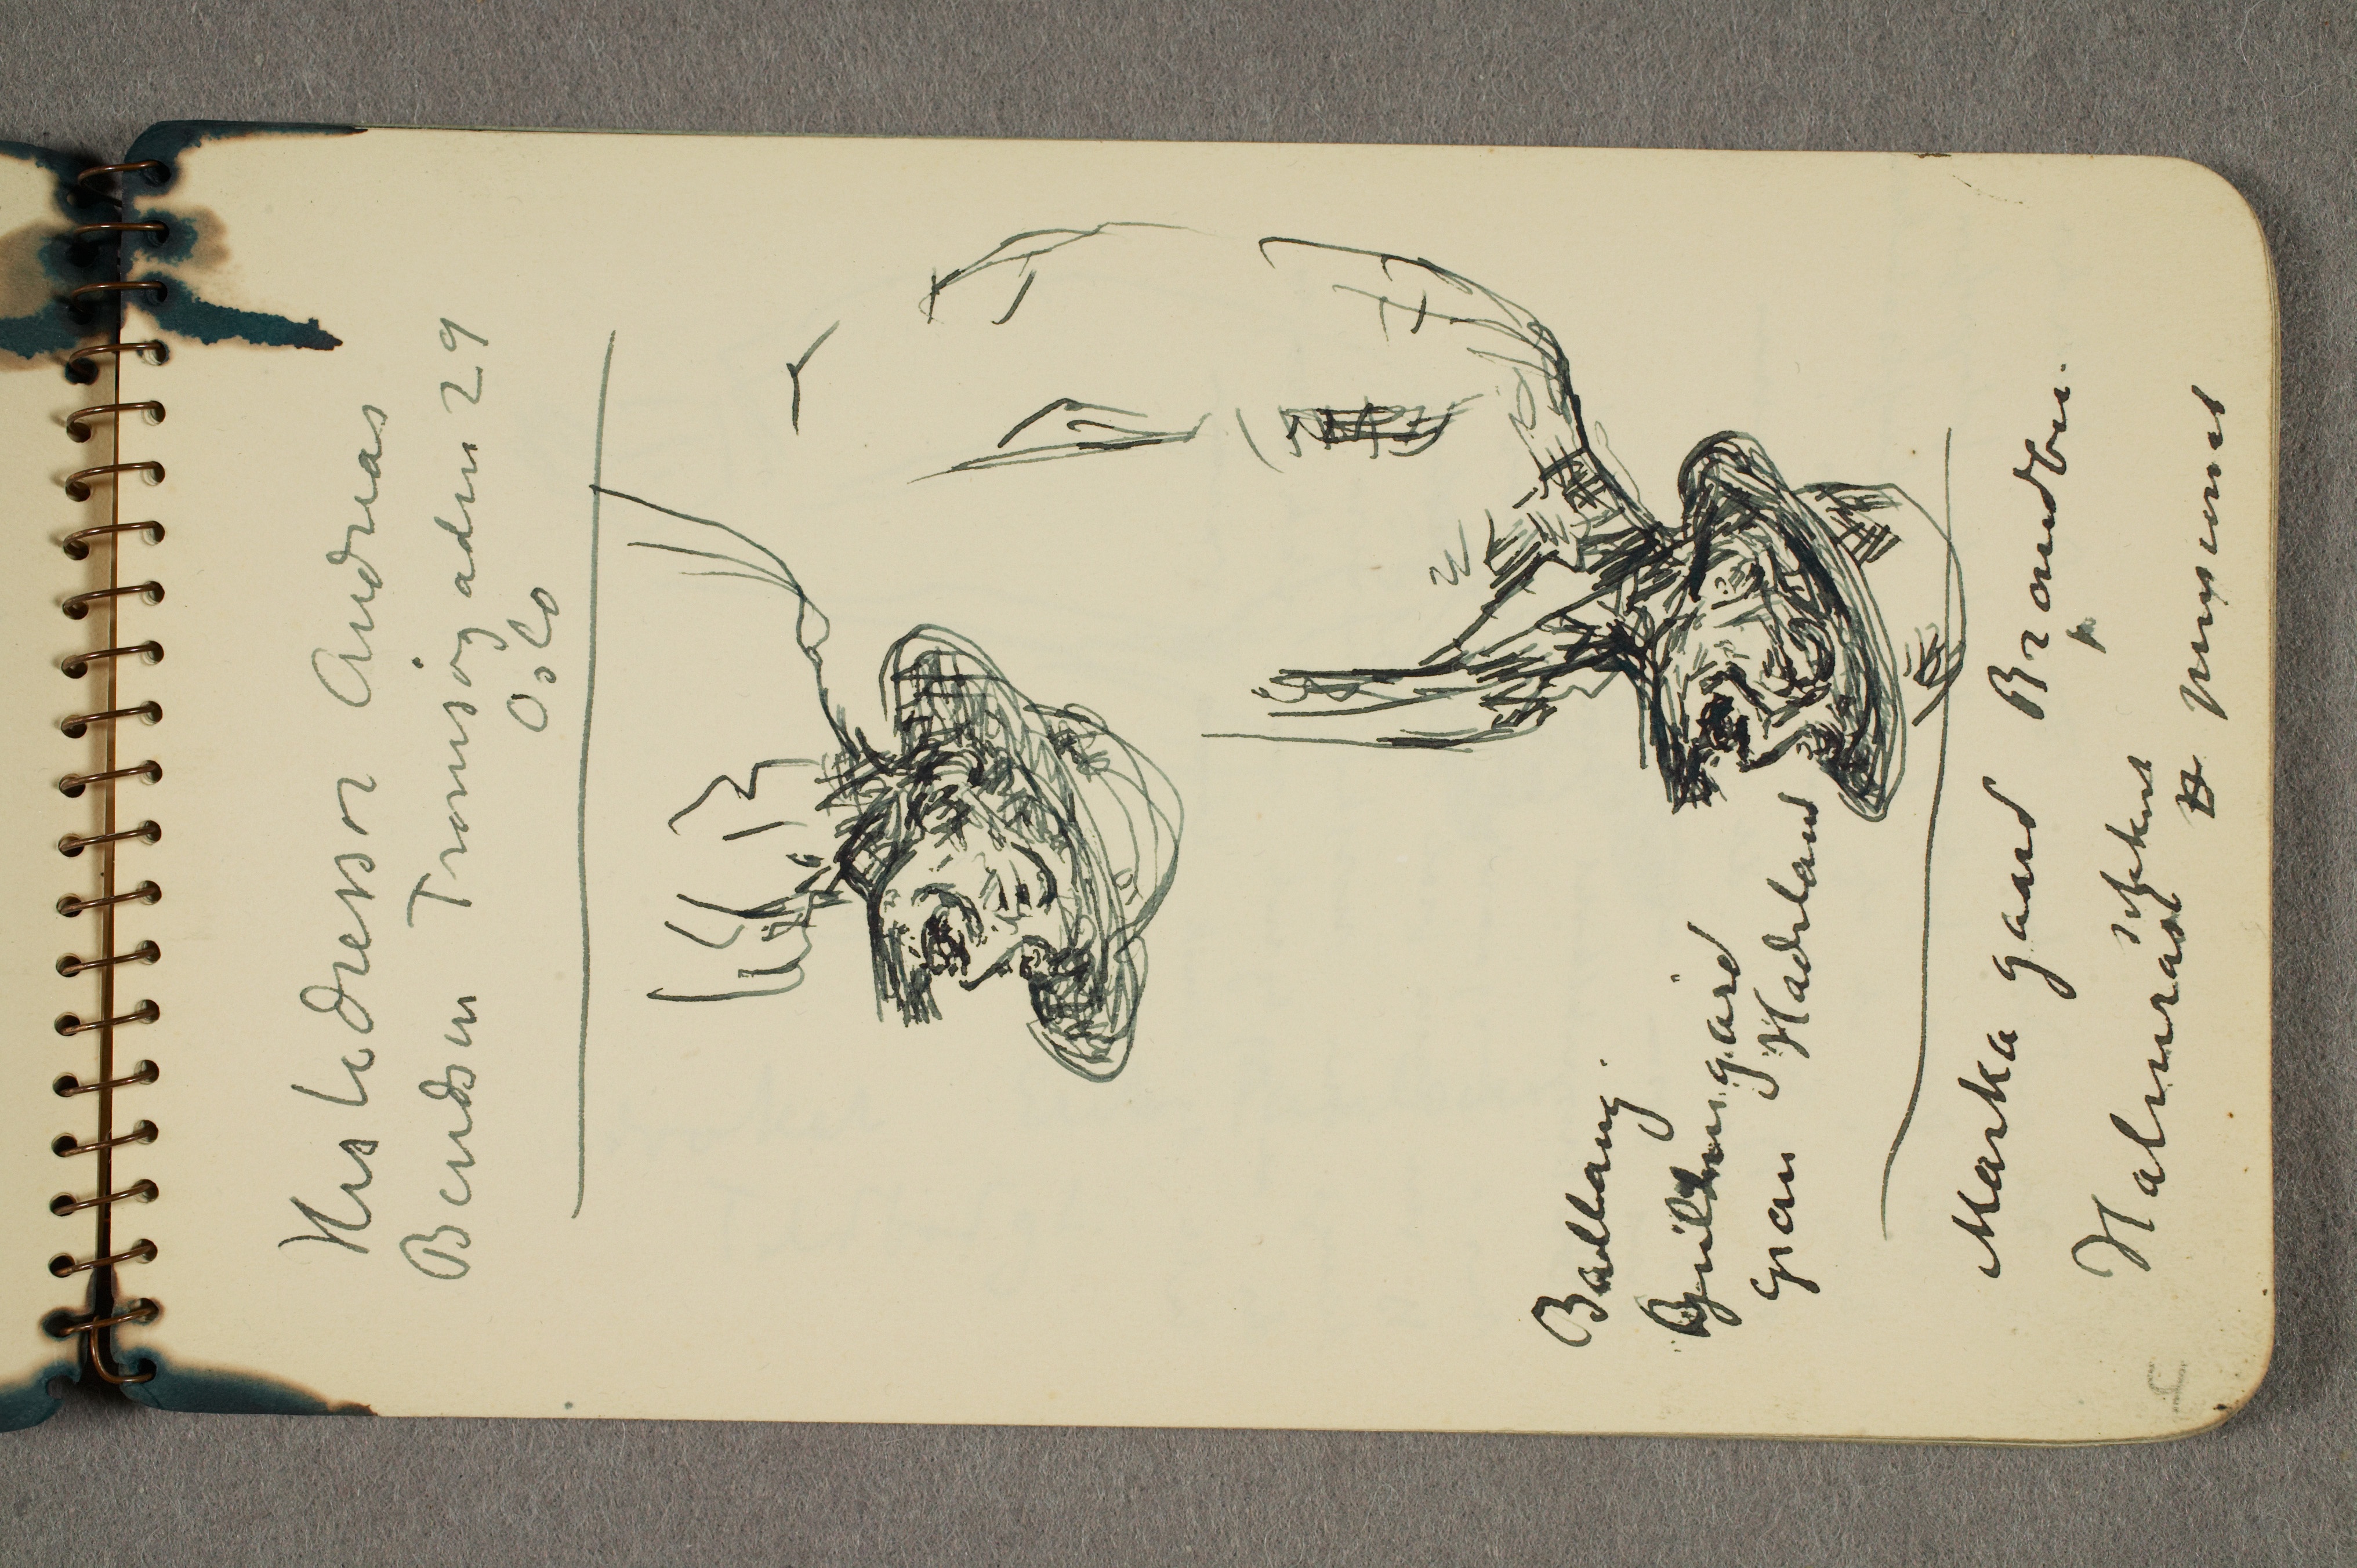
Hestedressør Andreas
Bendsen Tromsøgaden 29
Oslo

Marka gaard Brandbu.
Halmrast sikkert p pensionat

Ballang
Guldengård
Gran Hadeland